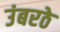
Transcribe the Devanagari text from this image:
उंबरठे